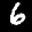
Label: 6